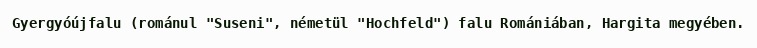
Gyergyóújfalu (románul "Suseni", németül "Hochfeld") falu Romániában, Hargita megyében.